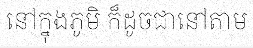
នៅក្នុងភូមិ ក៏ដូចជានៅតាម